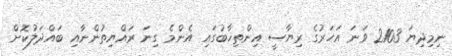
ނިމިދިޔަ 2103 ވަނަ އަހަރުގެ ރިޔާސީ އިންތިޚާބުގައި އެންމެ ގިނަ ރައްޔިތުންނާއި ބައްދަލުކޮށް